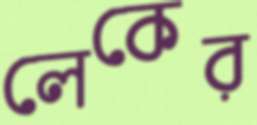
লেকের